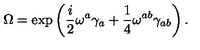
\Omega = \exp \left( \frac { i } { 2 } \omega ^ { a } \gamma _ { a } + \frac { 1 } { 4 } \omega ^ { a b } \gamma _ { a b } \right) .